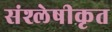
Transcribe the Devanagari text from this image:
संश्लेषीकृत